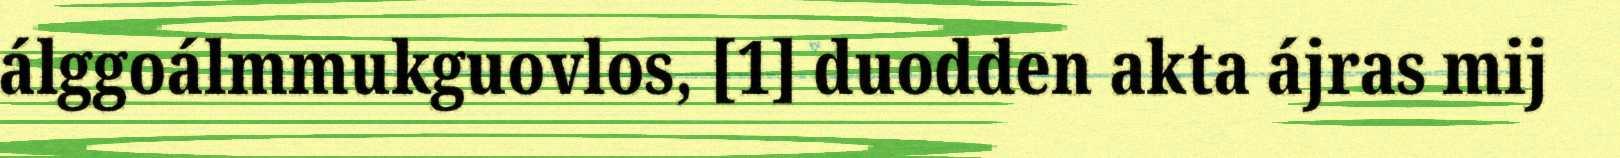
álggoálmmukguovlos, [1] duodden akta ájras mij